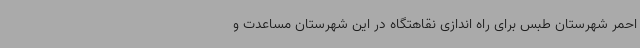
احمر شهرستان طبس برای راه اندازی نقاهتگاه در این شهرستان مساعدت و